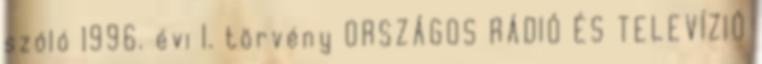
szóló 1996. évi I. törvény ORSZÁGOS RÁDIÓ ÉS TELEVÍZIÓ